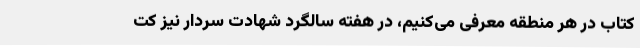
کتاب در هر منطقه معرفی می‌کنیم، در هفته سالگرد شهادت سردار نیز کت